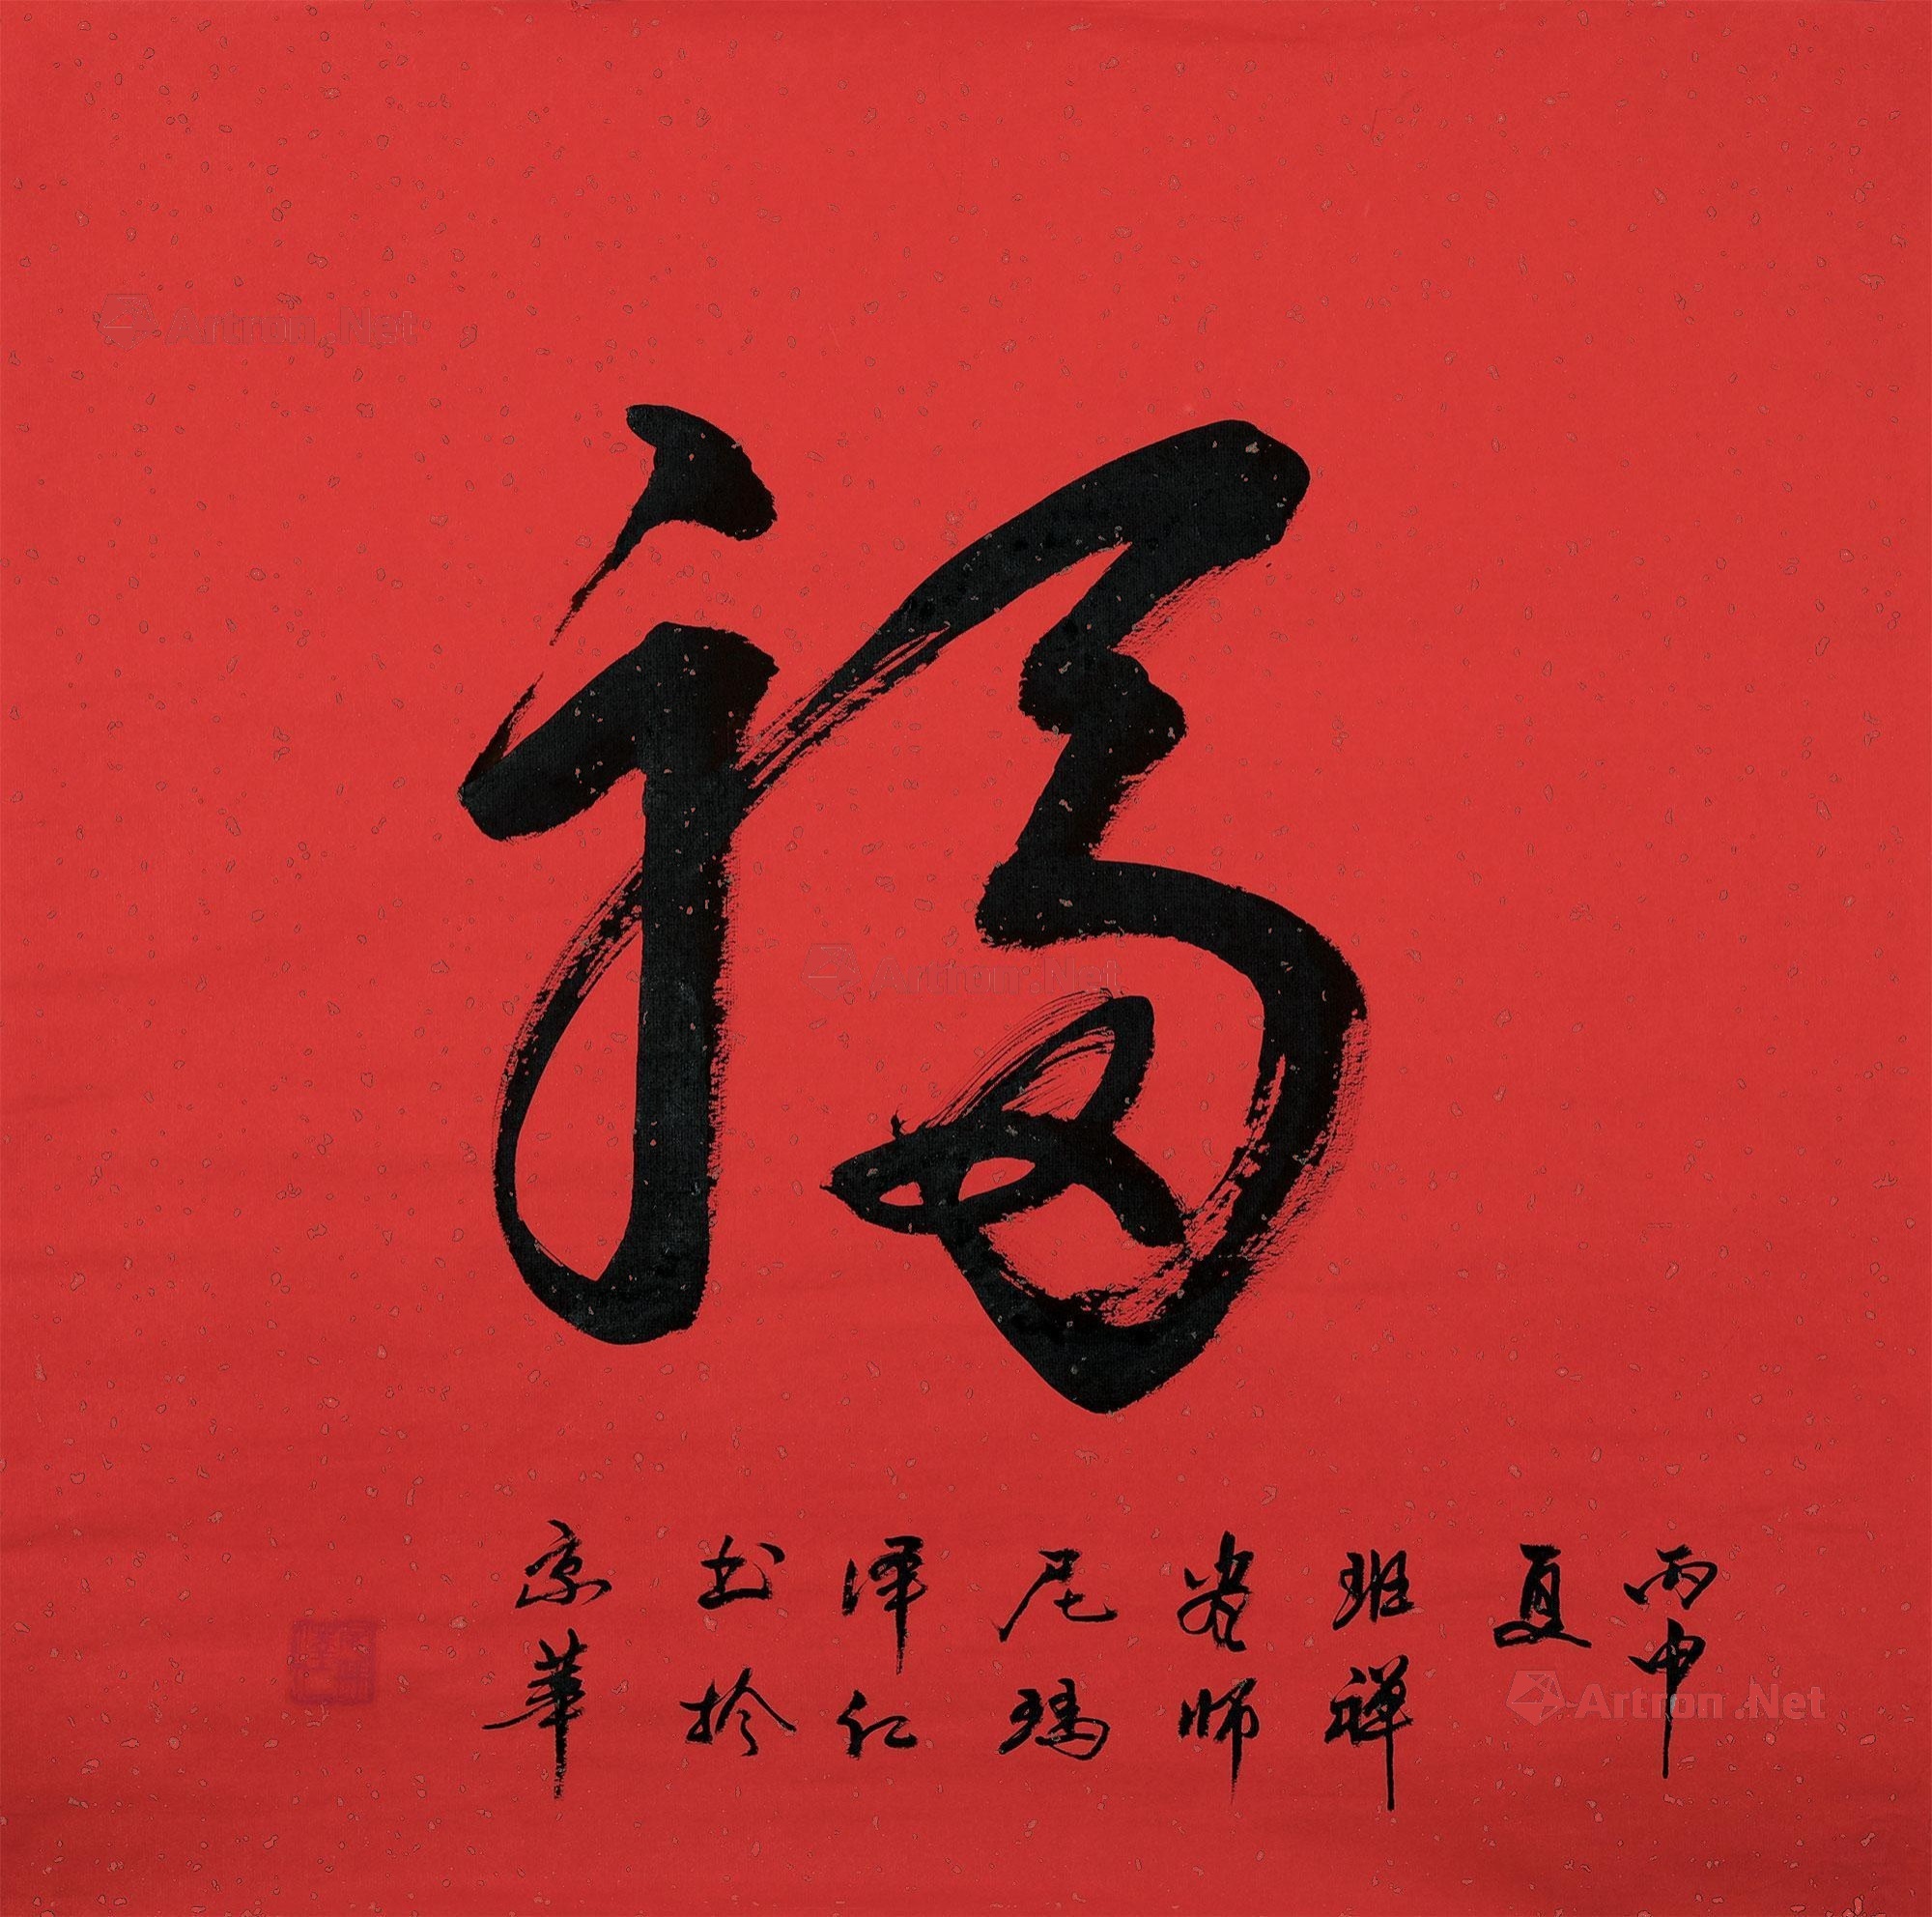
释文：福丙申夏班禅画师尼玛泽仁书于京华。